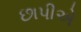
છાપીએ